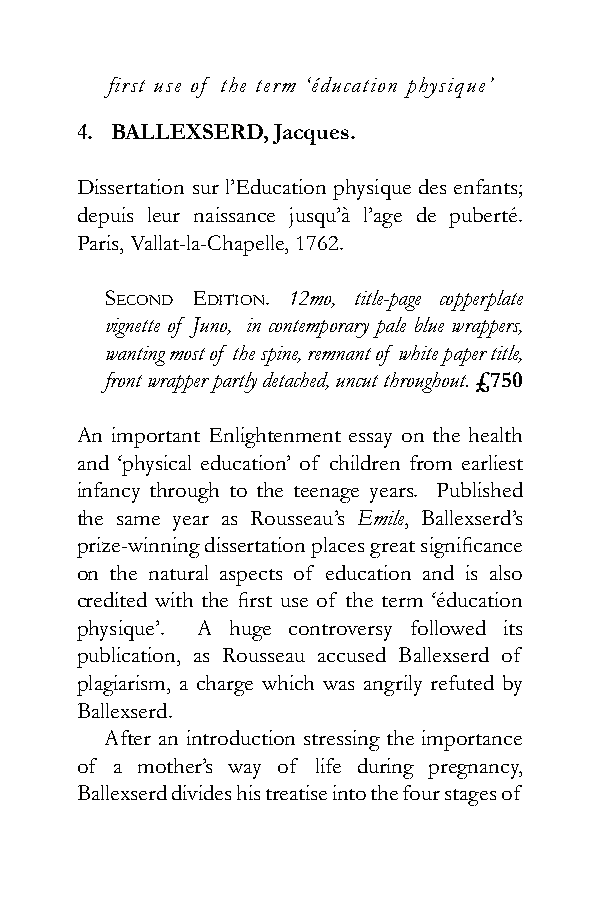
first use of the term ‘éducation physique’
 4. BALLEXSERD, Jacques.
 Dissertation sur l’Education physique des enfants;
 depuis leur naissance jusqu’à l’age de puberté.
 Paris, Vallat-la-Chapelle, 1762.
 sEcond Edition. 12mo, title-page copperplate
 vignette of Juno, in contemporary pale blue wrappers,
 wanting most of the spine, remnant of white paper title,
 front wrapper partly detached, uncut throughout. £750
 An important Enlightenment essay on the health
 and ‘physical education’ of children from earliest
 infancy through to the teenage years. Published
 the same year as Rousseau’s Emile, Ballexserd’s
 prize-winning dissertation places great significance
 on the natural aspects of education and is also
 credited with the first use of the term ‘éducation
 physique’. A huge controversy followed its
 publication, as Rousseau accused Ballexserd of
 plagiarism, a charge which was angrily refuted by
 Ballexserd.
 After an introduction stressing the importance
 of a mother’s way of life during pregnancy,
 Ballexserd divides his treatise into the four stages of